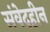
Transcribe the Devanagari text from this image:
संवेदहीन